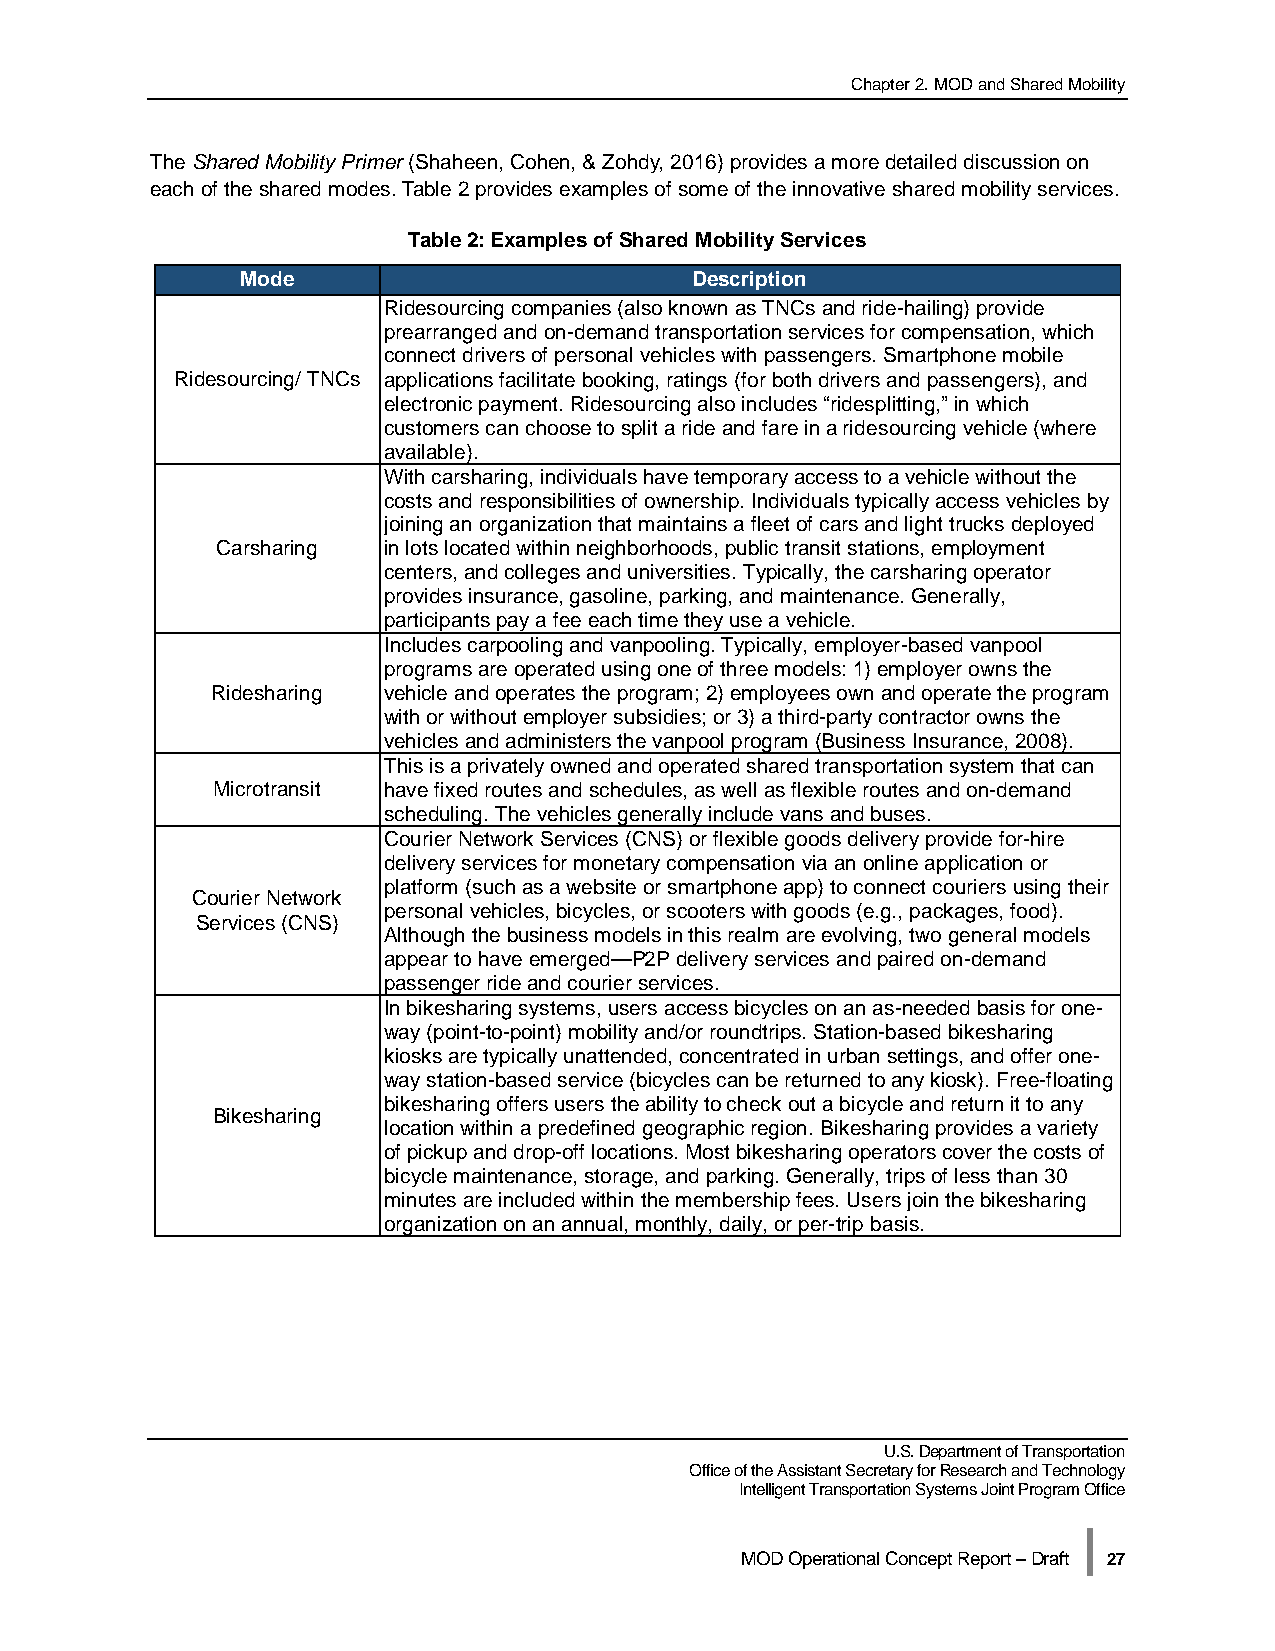
Chapter 2. MOD and Shared Mobility
 The Shared Mobility Primer (Shaheen, Cohen, & Zohdy, 2016) provides a more detailed discussion on
 each of the shared modes. Table 2 provides examples of some of the innovative shared mobility services.
 Table 2: Examples of Shared Mobility Services
 Mode                          Description
 Ridesourcing companies (also known as TNCs and ride-hailing) provide
 prearranged and on-demand transportation services for compensation, which
 connect drivers of personal vehicles with passengers. Smartphone mobile
 Ridesourcing/ TNCs applications facilitate booking, ratings (for both drivers and passengers), and
 electronic payment. Ridesourcing also includes “ridesplitting,” in which
 customers can choose to split a ride and fare in a ridesourcing vehicle (where
 available).
 With carsharing, individuals have temporary access to a vehicle without the
 costs and responsibilities of ownership. Individuals typically access vehicles by
 joining an organization that maintains a fleet of cars and light trucks deployed
 Carsharing in lots located within neighborhoods, public transit stations, employment
 centers, and colleges and universities. Typically, the carsharing operator
 provides insurance, gasoline, parking, and maintenance. Generally,
 participants pay a fee each time they use a vehicle.
 Includes carpooling and vanpooling. Typically, employer-based vanpool
 programs are operated using one of three models: 1) employer owns the
 Ridesharing vehicle and operates the program; 2) employees own and operate the program
 with or without employer subsidies; or 3) a third-party contractor owns the
 vehicles and administers the vanpool program (Business Insurance, 2008).
 This is a privately owned and operated shared transportation system that can
 Microtransit have fixed routes and schedules, as well as flexible routes and on-demand
 scheduling. The vehicles generally include vans and buses.
 Courier Network Services (CNS) or flexible goods delivery provide for-hire
 delivery services for monetary compensation via an online application or
 platform (such as a website or smartphone app) to connect couriers using their
 Courier Network
 personal vehicles, bicycles, or scooters with goods (e.g., packages, food).
 Services (CNS)
 Although the business models in this realm are evolving, two general models
 appear to have emerged—P2P delivery services and paired on-demand
 passenger ride and courier services.
 In bikesharing systems, users access bicycles on an as-needed basis for one-
 way (point-to-point) mobility and/or roundtrips. Station-based bikesharing
 kiosks are typically unattended, concentrated in urban settings, and offer one-
 way station-based service (bicycles can be returned to any kiosk). Free-floating
 bikesharing offers users the ability to check out a bicycle and return it to any
 Bikesharing
 location within a predefined geographic region. Bikesharing provides a variety
 of pickup and drop-off locations. Most bikesharing operators cover the costs of
 bicycle maintenance, storage, and parking. Generally, trips of less than 30
 minutes are included within the membership fees. Users join the bikesharing
 organization on an annual, monthly, daily, or per-trip basis.
 U.S. Department of Transportation
 Office of the Assistant Secretary for Research and Technology
 Intelligent Transportation Systems Joint Program Office
 |
 MOD Operational Concept Report – Draft 27